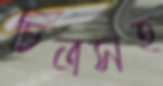
চিত্রসহ